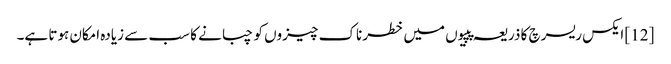
[12] ایکس ریسرچ کا ذریعہ پپیوں میں خطرناک چیزوں کو چبانے کا سب سے زیادہ امکان ہوتا ہے۔